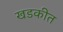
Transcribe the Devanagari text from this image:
खडकीत